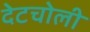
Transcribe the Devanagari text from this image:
देटचोली